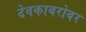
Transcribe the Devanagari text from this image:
देवकाबरोबर